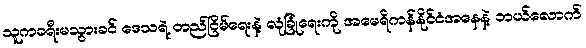
သူကခရီးမသွားခင် ဒေသရဲ့ တည်ငြိမ်ရေးနဲ့ လုံခြုံရေးကို အမေရိကန်နိုင်ငံအနေနဲ့ ဘယ်လောက်